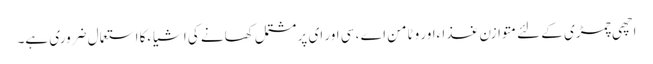
اچھی چمڑی کے لئے متوازن غذا ءاور وٹامن اے ، سی اور ای پر مشتمل کھانے کی اشیاءکا استعمال ضروری ہے۔